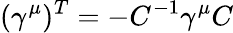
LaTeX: (\gamma^{\mu})^{T}=-C^{-1}\gamma^{\mu}C